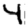
Digit: 4